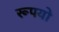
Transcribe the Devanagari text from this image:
रूपयो